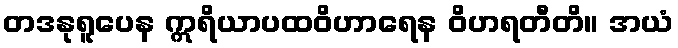
တဒနုရူပေန ဣရိယာပထဝိဟာရေန ဝိဟရတီတိ။ အယံ